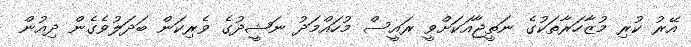
އޭރު ކުރި މުޒާހަރާތަކުގެ ނަތީޖާއަކަށްވީ ރައީސް މުހައްމަދު ނަޝީދުގެ ވެރިކަން ބަދަލުވެގެން ދިއުން